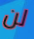
لن